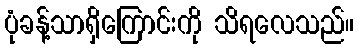
ပုံခန့်သာရှိကြောင်းကို သိရလေသည်။